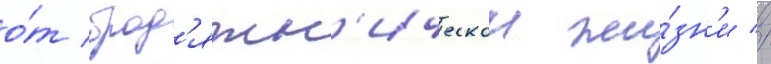
о́т брод'яжн'ическои жи́зн'и //